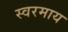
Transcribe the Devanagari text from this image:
स्वरमाय